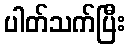
ပါတ်သက်ပြီး